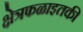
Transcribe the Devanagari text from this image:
क्षेत्रफळाइतकी